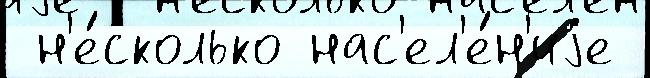
 н'е́сколько нас'ел'е́н'иjе